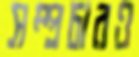
সম্প্রচারও